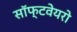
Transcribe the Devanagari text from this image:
सॉफ्टवेयरो